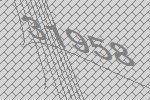
31958